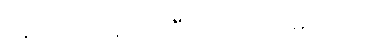
နောက်ပိုင်းမှာ ပိုပိုပြီး သတိထားမိပါတယ်။